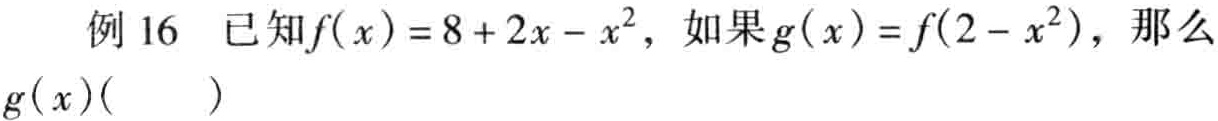
例 16 已知\(f(x)=8 + 2x - x^{2}\)，如果\(g(x)=f(2 - x^{2})\)，那么\(g(x)(\quad)\)